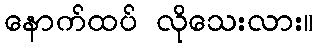
နောက်ထပ် လိုသေးလား။